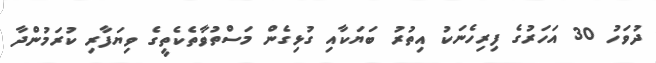
ދުވަހު 30 އަހަރުގެ ފިރިހެނަކު އިތުރު ބަޔަކާއި ގުޅިގެން މަސްތުވާތެކެތީގެ ވިޔަފާރި ކުރަމުންދާ